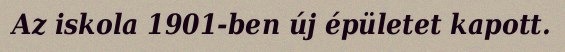
Az iskola 1901-ben új épületet kapott.